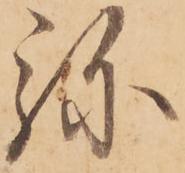
弥